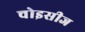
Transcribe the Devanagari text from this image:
चोइसीज